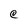
Character: C